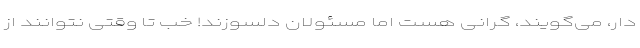
دار، می‌گویند، گرانی هست اما مسئولان دلسوزند! خب تا وقتی نتوانند از